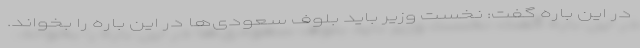
در این باره گفت: نخست وزیر باید بلوف سعودی‌ها در این باره را بخواند.